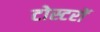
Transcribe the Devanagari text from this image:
टोस्टरों